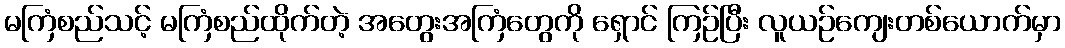
မကြံစည်သင့် မကြံစည်ထိုက်တဲ့ အတွေးအကြံတွေကို ရှောင် ကြဉ်ပြီး လူယဉ်ကျေးတစ်ယောက်မှာ